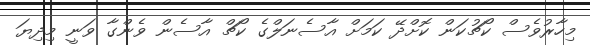
މިހާރުވެސް ކޯޗުކަން ކޮށްދޭ ކަމަށް އާސެނަލްގެ ކޯޗް އާސެން ވެންގާ ވަނީ މިދިޔަ